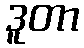
ဒူတာ